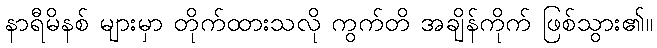
နာရီမိနစ် များမှာ တိုက်ထားသလို ကွက်တိ အချိန်ကိုက် ဖြစ်သွား၏။